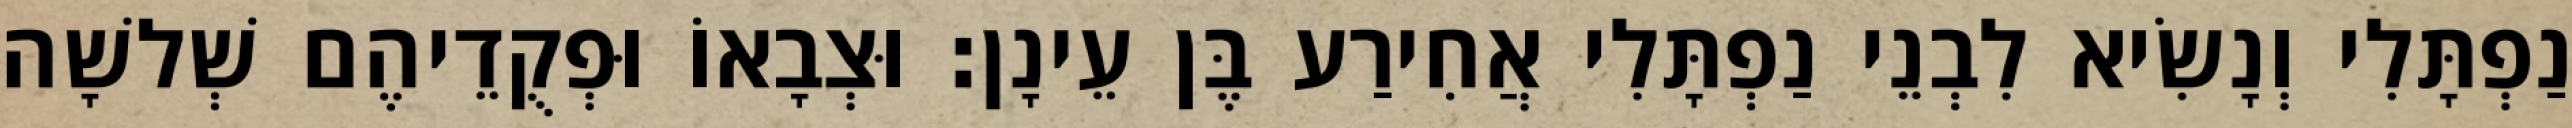
נַפְתָּלִי וְנָשִׂיא לִבְנֵי נַפְתָּלִי אֲחִירַע בֶּן עֵינָן׃ וּצְבָאוֹ וּפְקֻדֵיהֶם שְׁלשָׁה